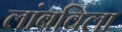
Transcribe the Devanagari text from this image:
लांबविला